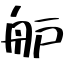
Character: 舮